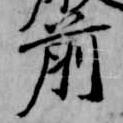
前